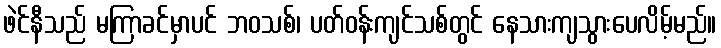
ဖဲင်နီသည် မကြာခင်မှာပင် ဘဝသစ်၊ ပတ်ဝန်းကျင်သစ်တွင် နေသားကျသွားပေလိမ့်မည်။